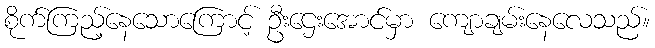
စိုက်ကြည့်နေသောကြောင့် ဦးဌေးအောင်မှာ ကျောချမ်းနေလေသည်။